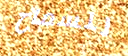
للسماح